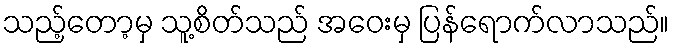
သည့်တော့မှ သူ့စိတ်သည် အဝေးမှ ပြန်ရောက်လာသည်။